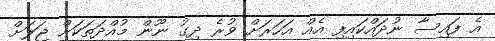
އެ ފައިސާ ނުދައްކައިފި އެއް އަހަރަށް ވުރެ ދިގު ނޫން މުއްދަތަކަށް ޖަލަށް